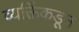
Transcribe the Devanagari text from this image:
व्यक्तिंकडून